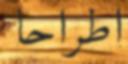
اطراحا